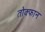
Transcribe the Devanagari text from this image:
तोक्फान